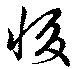
惙